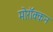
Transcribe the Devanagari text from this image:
मोरॉक्कन